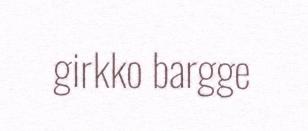
girkko bargge